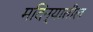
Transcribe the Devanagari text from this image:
मदिन्यातील